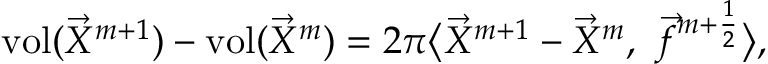
\operatorname { v o l } ( \vec { X } ^ { m + 1 } ) - \operatorname { v o l } ( \vec { X } ^ { m } ) = 2 \pi \big \langle \vec { X } ^ { m + 1 } - \vec { X } ^ { m } , ~ \vec { f } ^ { m + \frac { 1 } { 2 } } \big \rangle ,